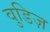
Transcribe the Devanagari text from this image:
वुडिज़